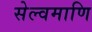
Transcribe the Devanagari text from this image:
सेल्वमाणि